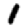
Digit: 1